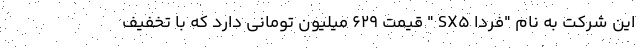
این شرکت به نام "فردا SX5 " قیمت 629 میلیون تومانی دارد که با تخفیف